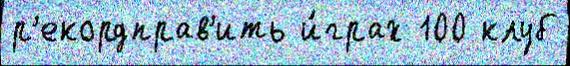
р'екордправ'ить и́грах 100 клуб